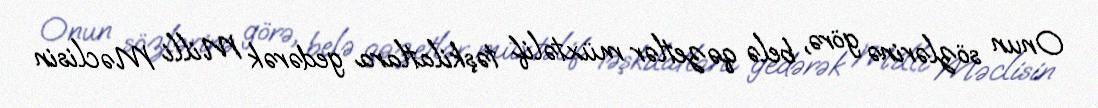
Onun sözlərinə görə, belə qəzetlər müxtəlif təşkilatlara gedərək Milli Məclisin